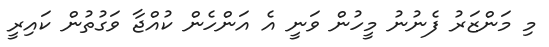
މި މަންޒަރު ފެނުނު މީހުން ވަނީ އެ އަންހެން ކުއްޖާ ވަގުތުން ކައިރީ